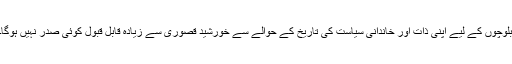
بلوچوں کے لیے اپنی ذات اور خاندانی سیاست کی تاریخ کے حوالے سے خورشید قصوری سے زیادہ قابل قبول کوئی صدر نہیں ہوگا۔